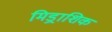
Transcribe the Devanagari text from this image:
मिड्राशिक